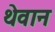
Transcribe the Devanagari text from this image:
थेवान